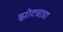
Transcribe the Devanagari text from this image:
झोटवाडा